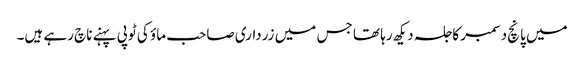
میں پانچ دسمبر کا جلسہ دیکھ رہا تھا جس میں زرداری صاحب ماؤ کی ٹوپی پہنے ناچ رہے ہیں۔